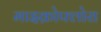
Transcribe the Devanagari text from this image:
माइक्रोफ्लोरा